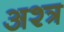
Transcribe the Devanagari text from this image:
अश्त्र